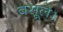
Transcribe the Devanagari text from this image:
वसूले।